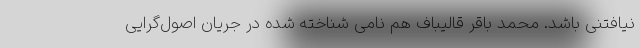
نیافتنی باشد. محمد باقر قالیباف هم نامی شناخته شده در جریان اصول‌گرایی